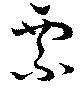
票